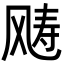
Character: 𩙧